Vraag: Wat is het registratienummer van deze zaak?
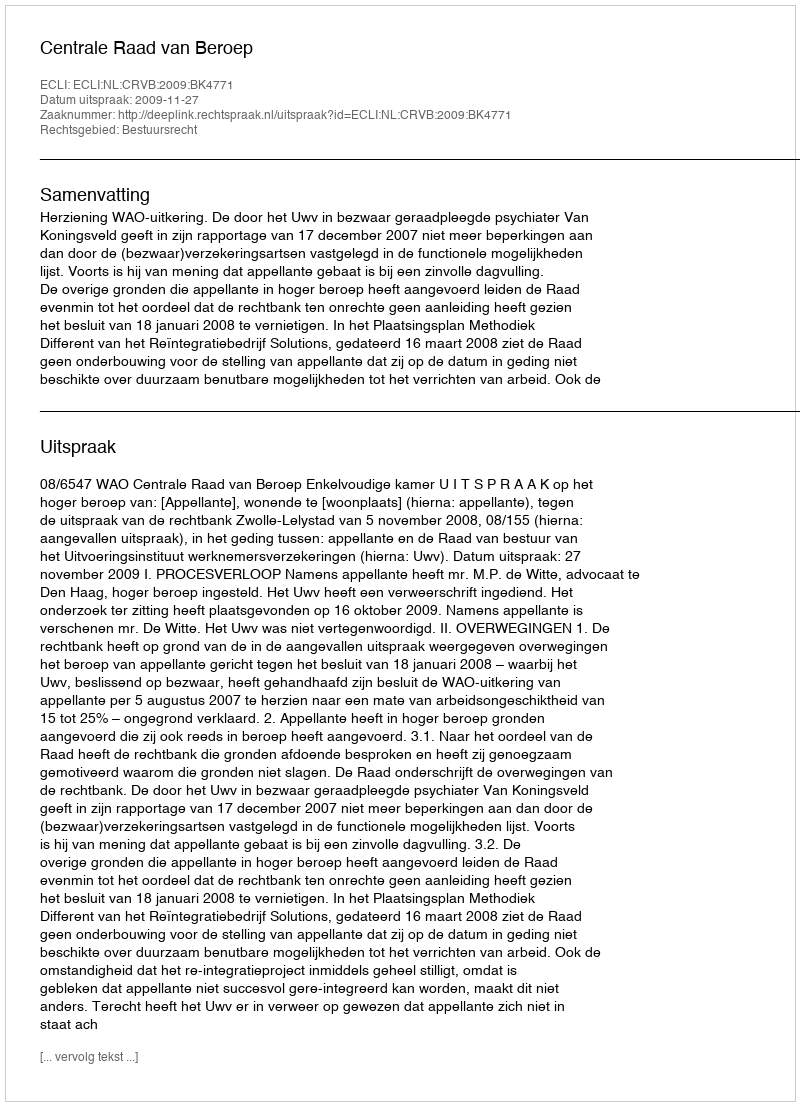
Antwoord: http://deeplink.rechtspraak.nl/uitspraak?id=ECLI:NL:CRVB:2009:BK4771